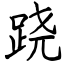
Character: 跷